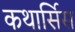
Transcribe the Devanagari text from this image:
कथार्सिस